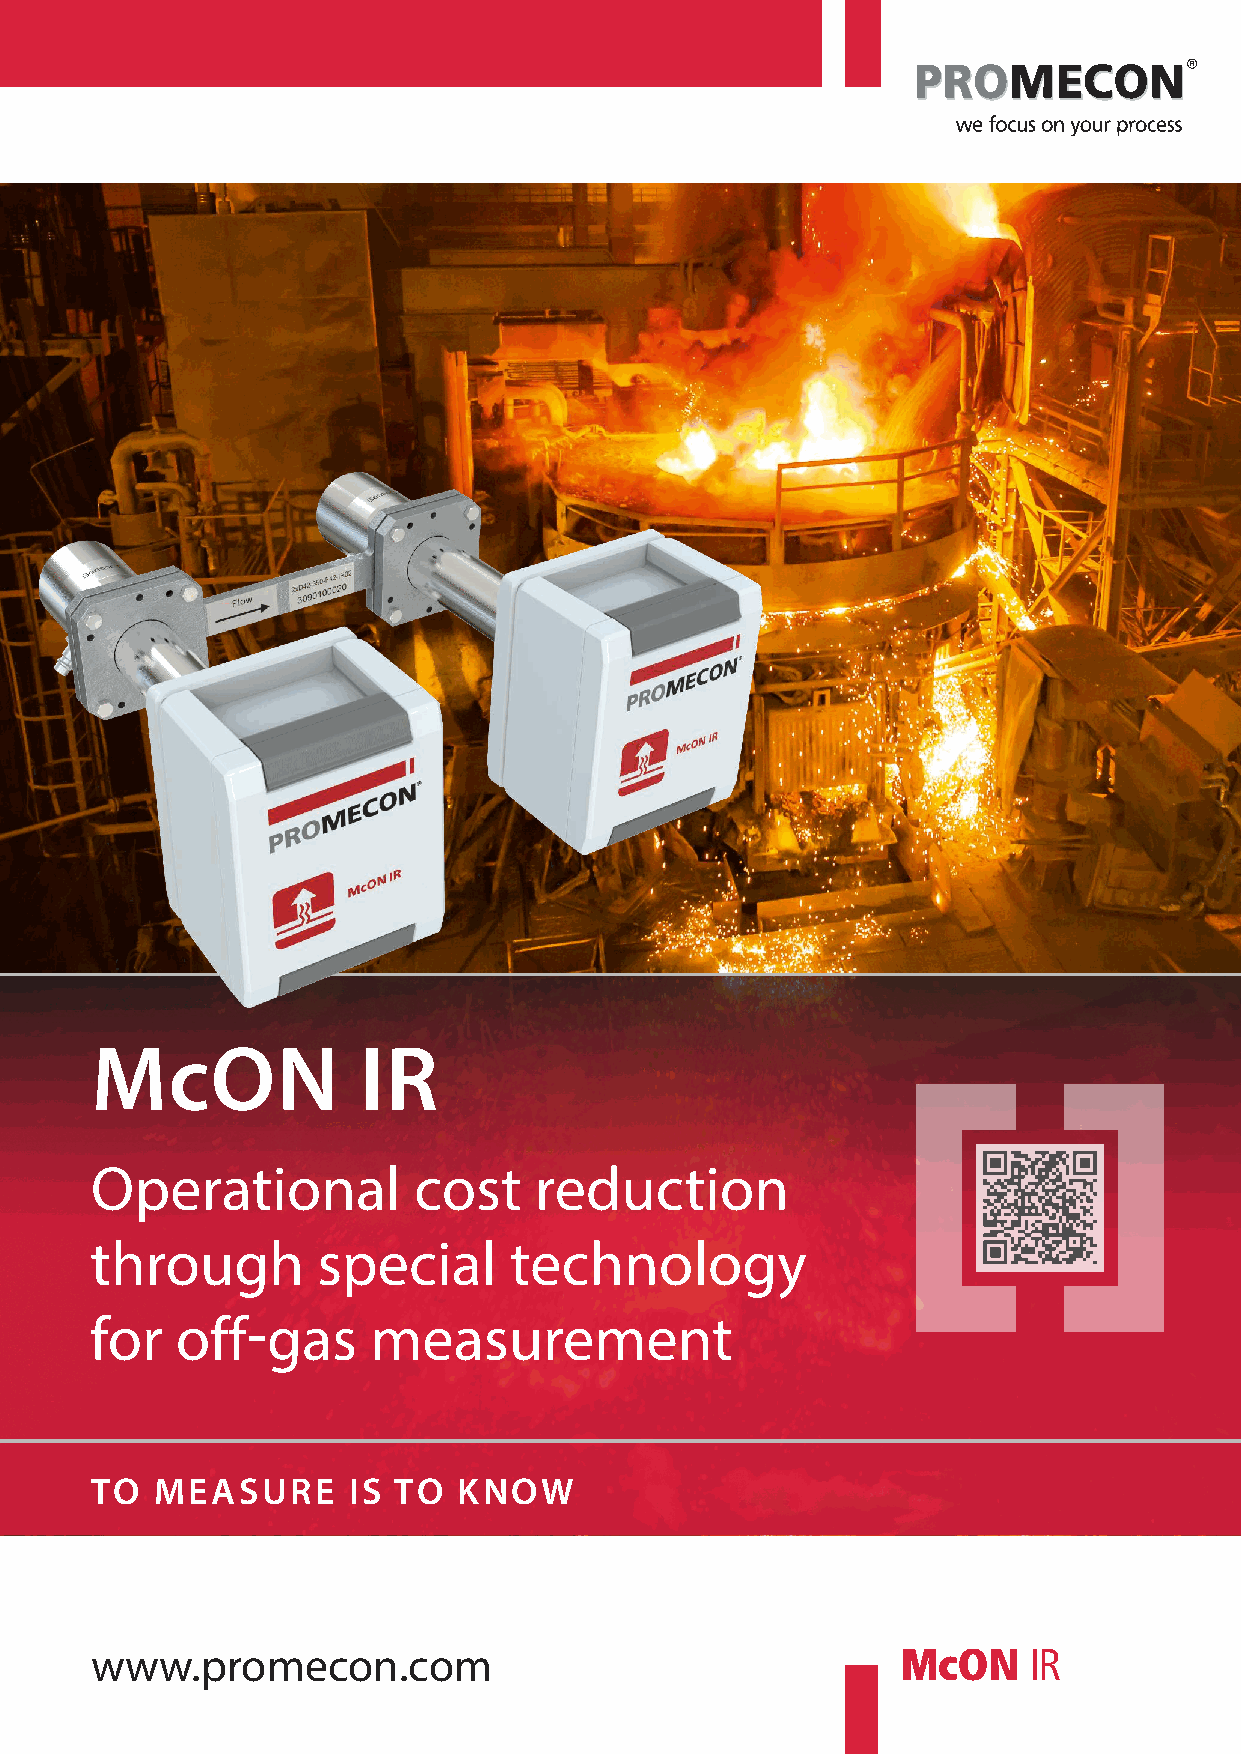
®
 mcon              Ir
 Operational          cost    reduction
 through        special      technology
 for   off-gas     measurement
 To  mEasurE      Is To  know
 www.promecon.com                                      McON    IR